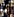
يا